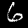
Digit: 6